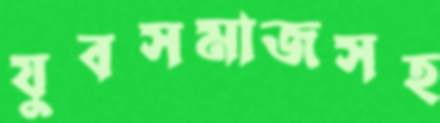
যুবসমাজসহ